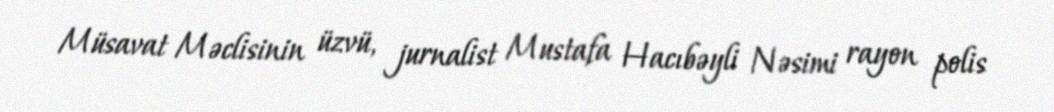
Müsavat Məclisinin üzvü, jurnalist Mustafa Hacıbəyli Nəsimi rayon polis